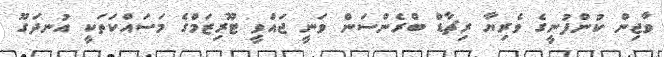
ވާޖިން ކުންފުނީގެ ވެރިޔާ ރިޗާޑް ބްރެންސަން ވަނީ ޖައްވީ ޓޫރިޒަމްގެ މަސައްކަތަކީ އުނދަގޫ